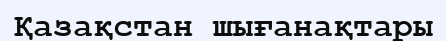
Қазақстан шығанақтары